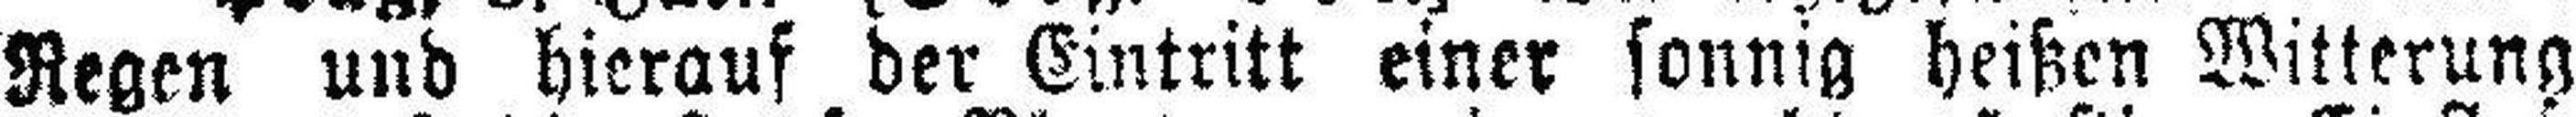
Regen und hierauf der Eintritt einer sonnig heißen Witterung